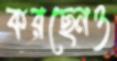
করছেনও